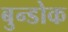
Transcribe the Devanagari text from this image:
बुन्डोक